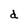
Character: d